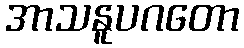
အာသနူပဂတော